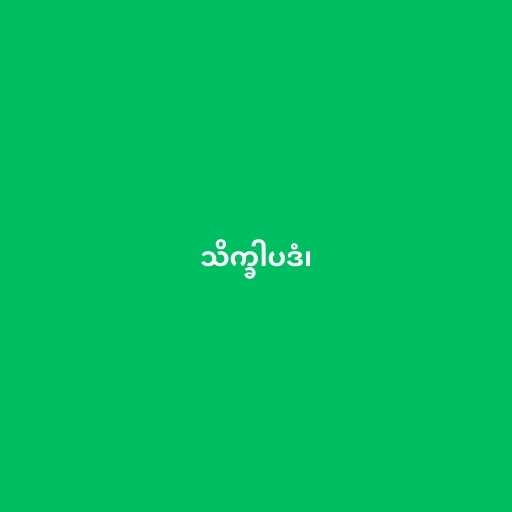
သိက္ခါပဒံ၊